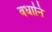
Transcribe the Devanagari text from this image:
वधानि